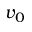
v _ { 0 }